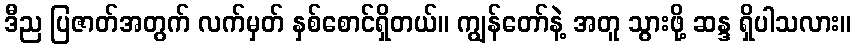
ဒီည ပြဇာတ်အတွက် လက်မှတ် နှစ်စောင်ရှိတယ်။ ကျွန်တော်နဲ့ အတူ သွားဖို့ ဆန္ဒ ရှိပါသလား။